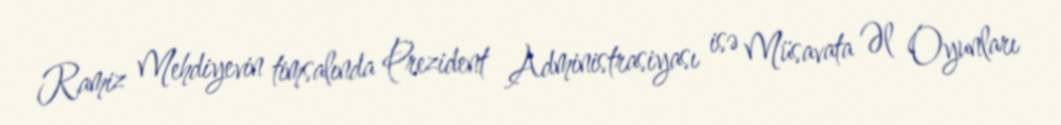
Ramiz Mehdiyevin timsalında Prezident Administrasiyası isə Müsavata Əl Oyunları